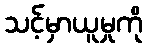
သင့်မှာယူမှုကို